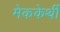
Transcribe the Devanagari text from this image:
मेककेर्थी